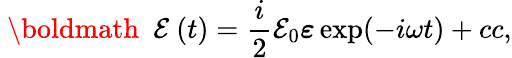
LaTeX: \mathrm{~\boldmath~\cal~E~}(t)=\frac{i}{2}{\cal E}_{0}\boldsymbol{\varepsilon}\exp(-i\omega t)+cc,